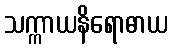
သက္ကာယနိရောဓာယ